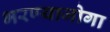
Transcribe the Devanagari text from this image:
भरण्याजोगा